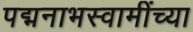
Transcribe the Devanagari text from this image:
पद्मनाभस्वामींच्या